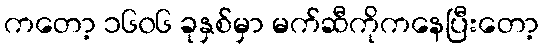
ကတော့ ၁၆၀၆ ခုနှစ်မှာ မက်ဆီကိုကနေပြီးတော့